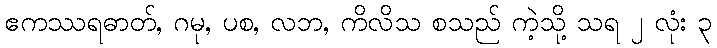
ဧကဿရဓာတ်, ဂမု, ပစ, လဘ, ကိလိသ စသည် ကဲ့သို့ သရ ၂ လုံး ၃